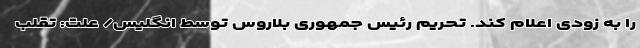
را به زودی اعلام کند. تحریم رئیس جمهوری بلاروس توسط انگلیس/ علت: تقلب